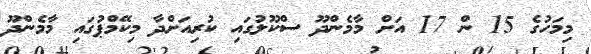
މިމަހުގެ 15 ން 17 އަށް މާމެންދޫ ސްކޫލުގައި ކުރިއަށްދާ މިކޭމްޕުގައި މާމެންދޫ